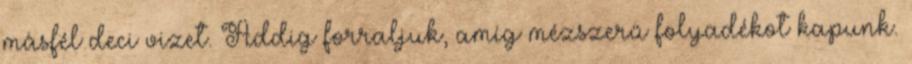
másfél deci vizet. Addig forraljuk, amíg mézszerű folyadékot kapunk.